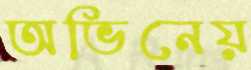
অভিনেয়